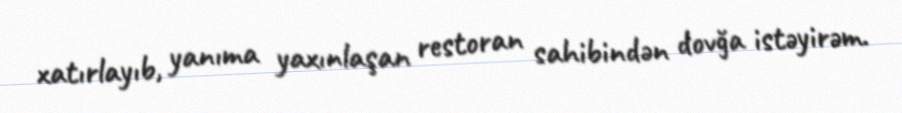
xatırlayıb, yanıma yaxınlaşan restoran sahibindən dovğa istəyirəm.